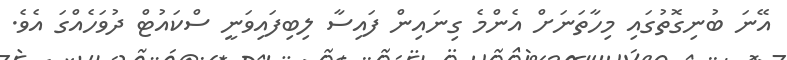
އޭނަ ބުނިގޮތުގައި މިހާތަނަށް އެންމެ ގިނައިން ފައިސާ ލިބިފައިވަނީ ސްކައުޓް ދުވަހެއްގަ އެވެ.